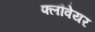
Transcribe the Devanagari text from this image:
फ्लौवेयर